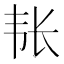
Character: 𮧴